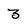
Character: 3